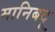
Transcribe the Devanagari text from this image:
मानिबदू